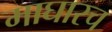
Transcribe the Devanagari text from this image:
माघारच